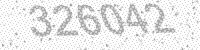
Solution: 326042